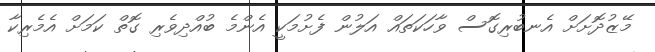
މޭޒުދޮށަށް އެނބުރިގޮސް ވާހަކަތައް އަލުން ފެށުމަކީ އެންމެ ބުއްދިވެރި ގޮތް ކަމަށް އެމެރިކާ